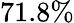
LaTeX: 71.8\%